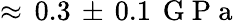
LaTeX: \approx\, 0.3\, \pm\, 0.1\, \mathrm{~G~P~a~}